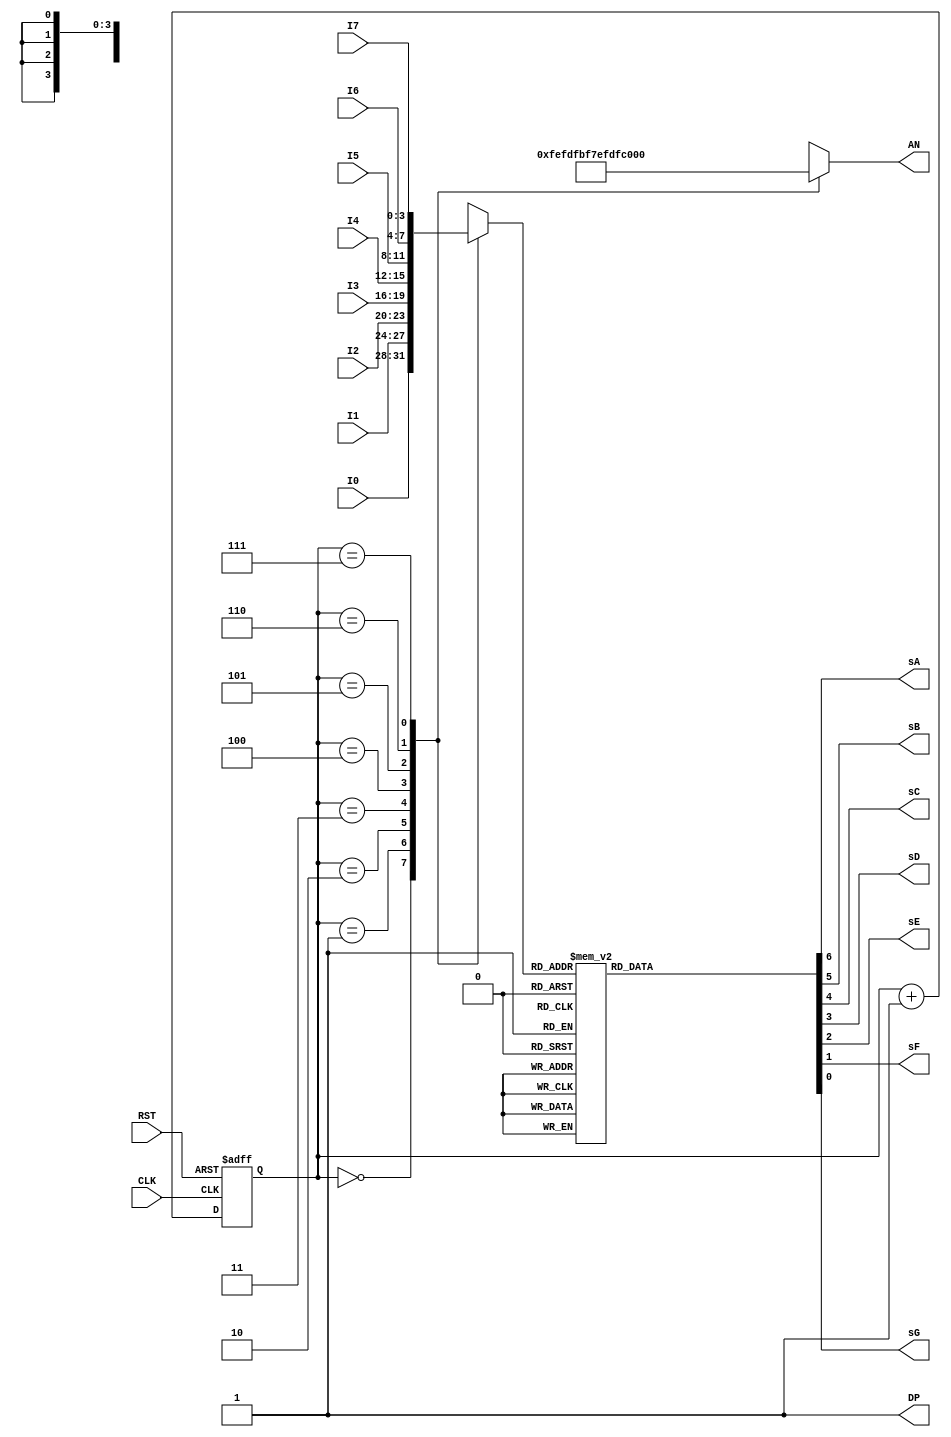
`timescale 1ms / 1us

module sevenseg(
    input CLK, RST, 
    input [3:0] I0, 
    input [3:0] I1, 
    input [3:0] I2, 
    input [3:0] I3, 
    input [3:0] I4, 
    input [3:0] I5,
    input [3:0] I6, 
    input [3:0] I7,
    output sA, sB, sC, sD, sE, sF, sG, DP,
    output [7:0] AN
    );
    
    reg [3:0] sseg;
    reg [6:0] seg_temp;
    reg [7:0] an_temp;
    
    reg [2:0] count;
        
        always @(posedge CLK or posedge RST)
            begin
                if(RST) begin
                    count <= 3'b0;
                end
                
                else begin
                    count = count + 1;
                end
            end
            
    always@(*)
      begin
        case (count)
            3'h0: 
             begin
                sseg = I0;
                an_temp = 8'b11111110;
             end
             
             3'h1:
              begin
                sseg = I1;
                an_temp = 8'b11111101;
              end
             
             3'h2:
              begin
                sseg = I2;
                an_temp = 8'b11111011;
              end
              
             3'h3:
              begin
                sseg = I3;
                an_temp = 8'b11110111;
              end
             
             3'h4:
              begin
                sseg = I4;
                an_temp = 8'b11101111;
              end
             
             3'h5:
              begin
                sseg = I5;
                an_temp = 8'b11011111;
              end
             
             3'h6:
              begin
                sseg = I6;
                an_temp = 8'b10111111;
              end
             
             3'h7:
              begin
                sseg = I7;
                an_temp = 8'b01111111;
              end
          endcase
      end
      
    assign AN = an_temp;

    
    always@(*)   
        case (sseg)
            4'h0: seg_temp = 7'b0000001;  //Display 0
            4'h1: seg_temp = 7'b1001111;  //Display 1
            4'h2: seg_temp = 7'b0010010;  //Display 2
            4'h3: seg_temp = 7'b0000110;  //Display 3
            4'h4: seg_temp = 7'b1001100;  //Display 4
            4'h5: seg_temp = 7'b0100100;  //Display 5 
            4'h6: seg_temp = 7'b0100000;  //Display 6
            4'h7: seg_temp = 7'b0001111;  //Display 7
            4'h8: seg_temp = 7'b0000000;  //Display 8
            4'h9: seg_temp = 7'b0001100;  //Display 9
            4'ha: seg_temp = 7'b0001000;  //Display A
            4'hb: seg_temp = 7'b1100000;  //Display b
            4'hc: seg_temp = 7'b0110001;  //Display C
            4'hd: seg_temp = 7'b1000010;  //Display d
            4'he: seg_temp = 7'b0110000;  //Display E
            4'hf: seg_temp = 7'b0111000;  //Display F
            
            default: seg_temp = 7'b1111110; //Disables Display
            
        endcase
    
    assign {sA, sB, sC, sD, sE, sF, sG} = seg_temp;
    
    assign DP = 1'b1;
    
    
endmodule